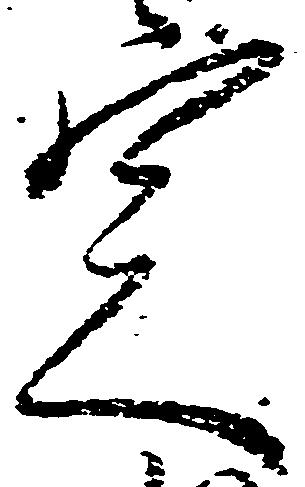
定